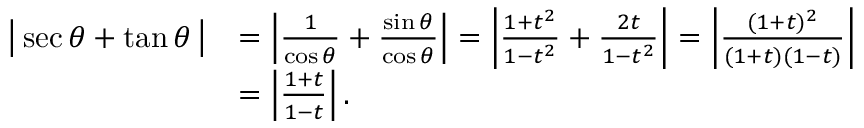
{ \begin{array} { r l } { { \bigl | } \sec \theta + \tan \theta \, { \bigr | } } & { = \left| { \frac { 1 } { \cos \theta } } + { \frac { \sin \theta } { \cos \theta } } \right| = \left| { \frac { 1 + t ^ { 2 } } { 1 - t ^ { 2 } } } + { \frac { 2 t } { 1 - t ^ { 2 } } } \right| = \left| { \frac { ( 1 + t ) ^ { 2 } } { ( 1 + t ) ( 1 - t ) } } \right| } \\ & { = \left| { \frac { 1 + t } { 1 - t } } \right| . } \end{array} }